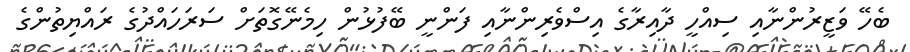
ބެހޭ ވަޒީރުންނާއި ސިއްހީ ދާއިރާގެ އިސްވެރިންނާއި ފަންނީ ބޭފުޅުން ހިމެނޭގޮތަށް ސަރަހައްދުގެ ރައްޔިތުންގެ